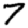
Digit: 7